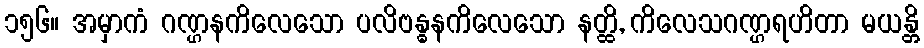
၁၅၆။ အမှာကံ ဂဏ္ဌနကိလေသော ပလိဗန္ဓနကိလေသော နတ္ထိ, ကိလေသဂဏ္ဌရဟိတာ မယန္တိ